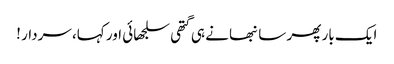
ایک بار پھر سانبھا نے ہی گتھی سلجھائی اور کہا، سردار !